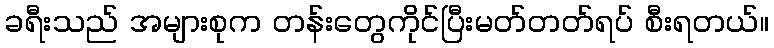
ခရီးသည် အများစုက တန်းတွေကိုင်ပြီးမတ်တတ်ရပ် စီးရတယ်။